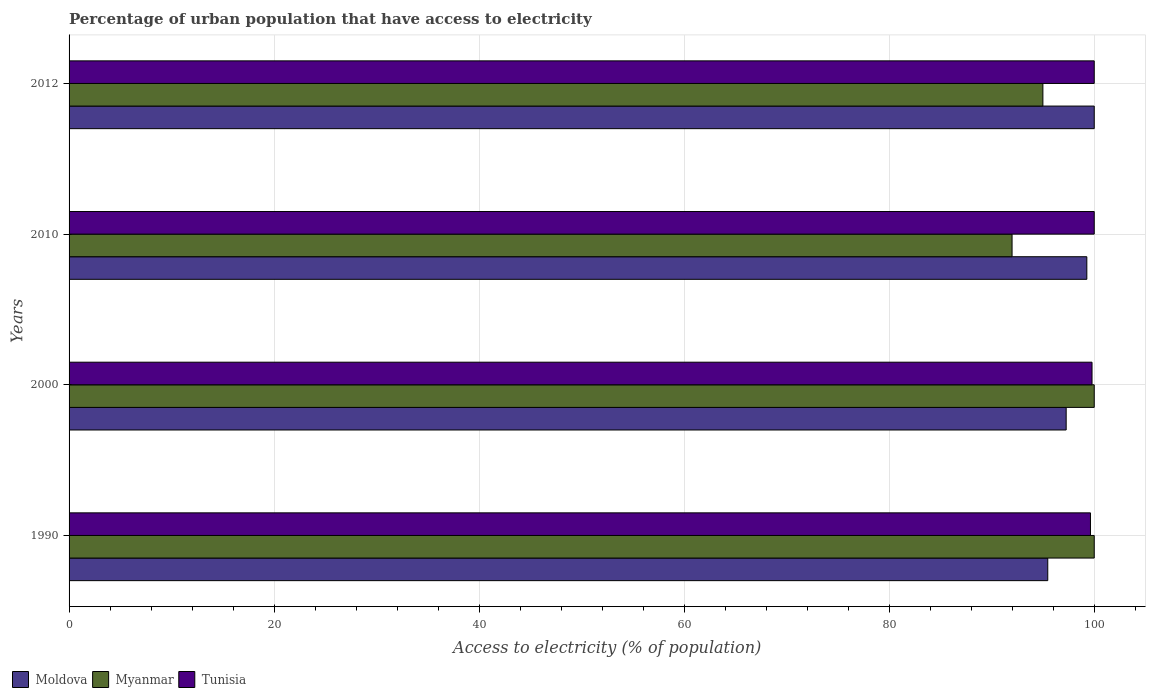
| Years | Moldova | Myanmar | Tunisia |
 | --- | --- | --- | --- |
 | 1990 | 95.5 | 100 | 99.6 |
 | 2000 | 97.3 | 100 | 99.8 |
 | 2010 | 99.3 | 92 | 100 |
 | 2012 | 100 | 95 | 100 |